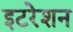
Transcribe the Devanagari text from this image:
इटरेशन